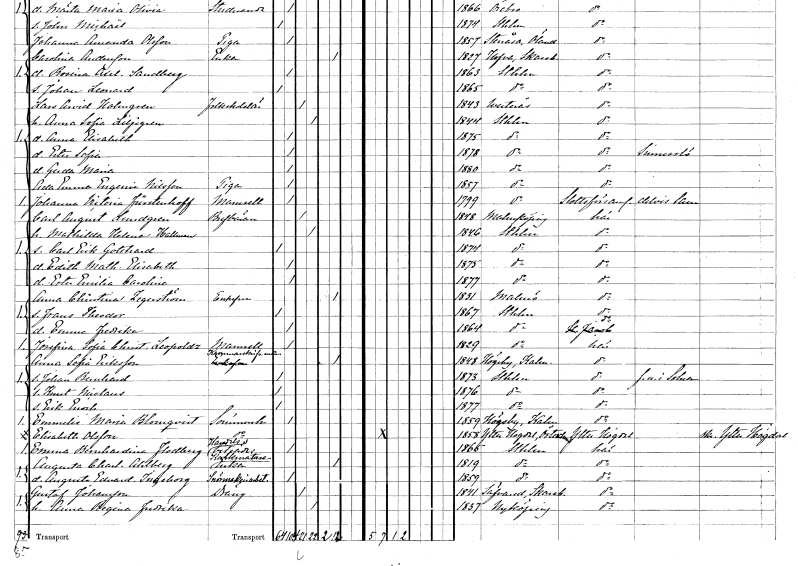
gt_parse: households: individuals: FN: Johanna Victoria
EN: Fürstenhoff
KON: K
CIV: O
FODAR: 1799
FODFORS: Stockholm
FN: Carl August
EN: Lundgren
YRKE: Brevbärare
KON: M
CIV: G
FODAR: 1848
FODFORS: Malmköping Södermanlands län
FN: Mathilda Helena
EN: Hallman
KON: K
CIV: G
FODAR: 1846
FODFORS: Stockholm
FN: Carl Erik Gotthard
KON: M
CIV: O
FODAR: 1874
FODFORS: Stockholm
FN: Edith Mathilda Elisabeth
KON: K
CIV: O
FODAR: 1875
FODFORS: Stockholm
FN: Ester Emilia Carolina
KON: K
CIV: O
FODAR: 1877
FODFORS: Stockholm
FN: Anna Christina
EN: Zegerström
KON: K
CIV: E
FODAR: 1831
FODFORS: Malmö Malmöhus län
FN: Frans Theodor
KON: M
CIV: O
FODAR: 1867
FODFORS: Stockholm
FN: Emma Fredrika
KON: K
CIV: O
FODAR: 1864
FODFORS: Stockholm
FN: Josefina Sofia Christina
EN: Leopoldz
KON: K
CIV: O
FODAR: 1829
FODFORS: Stockholm
FN: Anna Sofia
EN: Eriksson
YRKE: Kammarskrivareänka
KON: K
CIV: E
FODAR: 1848
FODFORS: Högsby Kalmar län
FN: Johan Bernhard
KON: M
CIV: O
FODAR: 1873
FODFORS: Stockholm
FN: Knut Nicolaus
KON: M
CIV: O
FODAR: 1876
FODFORS: Stockholm
FN: Erik Enoch
KON: M
CIV: O
FODAR: 1877
FODFORS: Stockholm
FN: Emmelie Maria
EN: Blomqvist
YRKE: Sömmerska
KON: K
CIV: O
FODAR: 1859
FODFORS: Högsby Kalmar län
FN: Elisabeth
EN: Olsson
YRKE: Sömmerska
KON: K
CIV: O
FODAR: 1858
FODFORS: Ytterhogdal Jämtlands län
FN: Emma Bernhardina
EN: Flodberg
YRKE: Handelsbiträde
KON: K
CIV: O
FODAR: 1865
FODFORS: Stockholm
FN: Augusta Charlotta
EN: Ahlberg
YRKE: Kalkmätareänka
KON: K
CIV: E
FODAR: 1819
FODFORS: Stockholm
FN: Augusta Edvarda Ingeborg
YRKE: Snörmakeriarbeterska
KON: K
CIV: O
FODAR: 1859
FODFORS: Stockholm
FN: Gustaf
EN: Johansson
YRKE: Dräng
KON: M
CIV: G
FODAR: 1841
FODFORS: Sävare Skaraborgs län
FN: Anna Regina Fredrika
KON: K
CIV: G
FODAR: 1837
FODFORS: Nyköping Södermanlands län